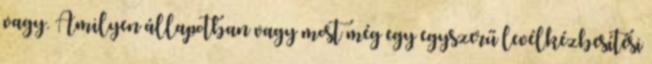
vagy. Amilyen állapotban vagy most még egy egyszerű levélkézbesítési